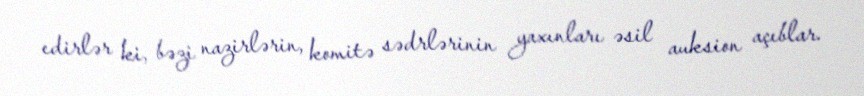
edirlər ki, bəzi nazirlərin, komitə sədrlərinin yaxınları əsil auksion açıblar.